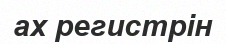
ах регистрін